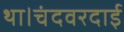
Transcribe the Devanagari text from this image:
था।चंदवरदाई